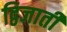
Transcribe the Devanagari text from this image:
द्विजाती